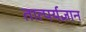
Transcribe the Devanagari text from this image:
तात्पर्यज्ञान